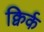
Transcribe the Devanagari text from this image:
क्विर्क